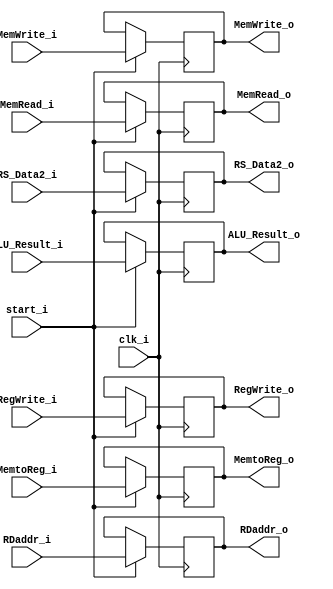
// EX_MEM.v
module EX_MEM(
	//TODO : Magic : For IF_ID.v : cannot write inst_o at PC=0. At PC=0, inst_o 	shall be 32'b0 , since 1st instruction is still in IF stage , and no one is in ID stage !! So IF_IF.inst_o shall be 32'b0 at that time !!
	// 1. Method For Fixing : Utilize the signal `start_i` of CPU.v . 
	start_i,

	clk_i,
	MemRead_i,
	MemRead_o,
	MemWrite_i,
	MemWrite_o,

	ALU_Result_i,
	ALU_Result_o,

	RegWrite_i,
	RegWrite_o,
	MemtoReg_i,
	MemtoReg_o,

	RS_Data2_i,
	RS_Data2_o,

	RDaddr_i,
	RDaddr_o
);
//TODO : Magic : For IF_ID.v : cannot write inst_o at PC=0. At PC=0, inst_o 	shall be 32'b0 , since 1st instruction is still in IF stage , and no one is in ID stage !! So IF_IF.inst_o shall be 32'b0 at that time !!
// 1. Method For Fixing : Utilize the signal `start_i` of CPU.v . 
input start_i;

// write at posedge clock
input clk_i;
// MEM stage
input MemRead_i;
//output reg MemRead_o;
output reg MemRead_o; // = 1'b0;
input MemWrite_i;
//output reg MemWrite_o;
output reg MemWrite_o; // = 1'b0;
// MEM stage additional
input [31:0] ALU_Result_i;
//output reg [31:0] ALU_Result_o;
output reg [31:0] ALU_Result_o; // = 32'b0;
// WB stage
input RegWrite_i;
//output reg RegWrite_o;
output reg RegWrite_o; // = 1'b0;
input MemtoReg_i;
//output reg MemtoReg_o;
output reg MemtoReg_o; // = 1'b0;

// register data2
input [31:0] RS_Data2_i;
//output reg [31:0] RS_Data2_o;
output reg [31:0] RS_Data2_o; // = 32'b0;

// register addr
input [4:0] RDaddr_i;
//output reg [4:0] RDaddr_o;
output reg [4:0] RDaddr_o; // = 5'b0;

//TODO : initialize reg in initial
initial begin
	//output reg MemRead_o;
	MemRead_o = 1'b0;
	//output reg MemWrite_o;
	MemWrite_o = 1'b0;
	// MEM stage additional
	//output reg [31:0] ALU_Result_o;
	ALU_Result_o = 32'b0;
	// WB stage
	//output reg RegWrite_o;
	RegWrite_o = 1'b0;
	//output reg MemtoReg_o;
	MemtoReg_o = 1'b0;

	// register data2
	//output reg [31:0] RS_Data2_o;
	RS_Data2_o = 32'b0;

	// register addr
	//output reg [4:0] RDaddr_o;
	RDaddr_o = 5'b0;
end


always @(posedge clk_i)
begin
	//TODO : Magic : For IF_ID.v : cannot write inst_o at PC=0. At PC=0, inst_o 	shall be 32'b0 , since 1st instruction is still in IF stage , and no one is in ID stage !! So IF_IF.inst_o shall be 32'b0 at that time !!
	// 1. Method For Fixing : Utilize the signal `start_i` of CPU.v . 
	if(start_i) begin
		MemRead_o <= MemRead_i;
		MemWrite_o <= MemWrite_i;
		RegWrite_o <= RegWrite_i;
		MemtoReg_o <= MemtoReg_i;
		//
		RS_Data2_o <= RS_Data2_i;

		RDaddr_o <= RDaddr_i;
		// MEM stage additional
		ALU_Result_o <= ALU_Result_i;
	end
end

endmodule